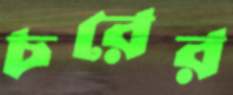
চরের